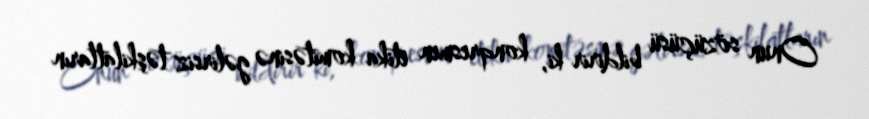
Onun sözüçüsü bildirir ki, konqresmen etika komitəsinə gəlirsiz təşkilatların